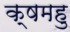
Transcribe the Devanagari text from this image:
क्षमहु